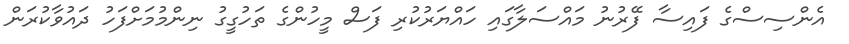
އެންސިސްގެ ފައިސާ ފޭރުނު މައްސަލާގައި ހައްޔަރުކުރި ފަސް މީހުންގެ ތަހުގީގު ނިންމުމަށްފަހު ދައުވާކުރަން